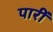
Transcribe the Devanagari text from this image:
पारीं